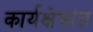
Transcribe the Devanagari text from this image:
कार्यक्षेत्रांत